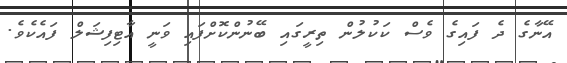
އޭނާގެ ދެ ފައިގެ ވެސް ކަކުލުން ތިރީގައި ބޭނުންކޮށްފައި ވަނީ އާޓިފިޝަލް ފައެކެވެ.